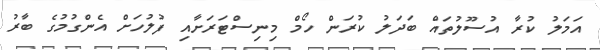
އަމަލު ކުރާ އުސޫލުތައް ބަދަލު ކުރަން ހޯމް މިނިސްޓަރަށާއި ފުލުހަށް އެންގުމުގެ ބާރު